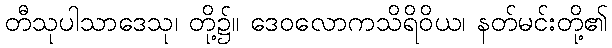
တီသုပါသာဒေသု၊ တို့၌။ ဒေဝလောကသိရိဝိယ၊ နတ်မင်းတို့၏